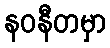
နဝနီတမှာ